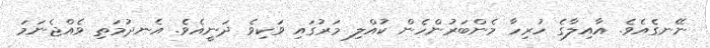
ނޭނގެއެވެ. އާއިލާގެ ހުރިހާ މެންބަރުންހެން ކުއްލި މަރުގައި ވަކިވެ ދަނީއެވެ. އެނދުމަތި ވެއްޖެނަމަ